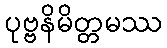
ပုဗ္ဗနိမိတ္တမဿ